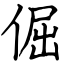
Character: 倔